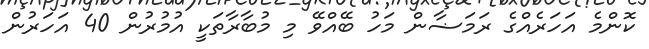
ކޮންމެ އަހަރެއްގެ ރަމަޟާން މަހު ބޭއްވޭ މި މުބާރާތަކީ އުމުރުން 40 އަހަރުން